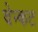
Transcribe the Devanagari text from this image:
वेन्कट